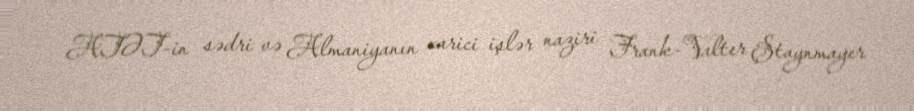
ATƏT-in sədri və Almaniyanın xarici işlər naziri Frank-Valter Ştaynmayer